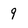
Character: 9